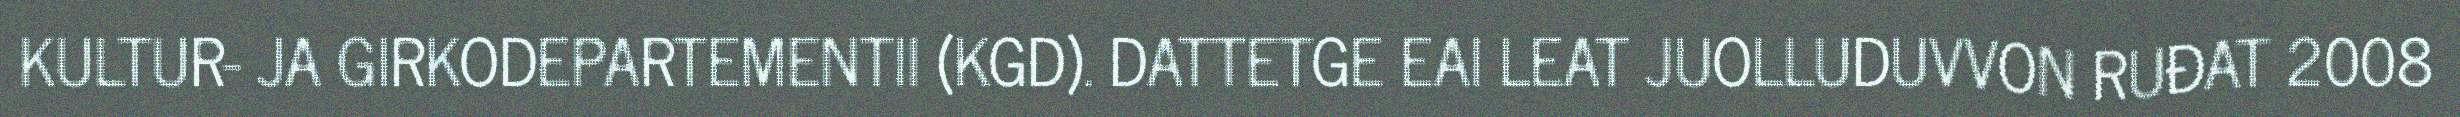
KULTUR- JA GIRKODEPARTEMENTII (KGD). DATTETGE EAI LEAT JUOLLUDUVVON RUĐAT 2008